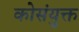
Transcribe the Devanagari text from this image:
कोसंयुक्त